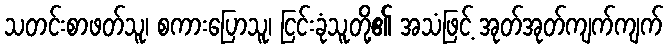
သတင်းစာဖတ်သူ၊ စကားပြောသူ၊ ငြင်းခုံသူတို့၏ အသံဖြင့် အုတ်အုတ်ကျက်ကျက်